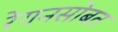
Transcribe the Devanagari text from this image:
रेगनसोबत